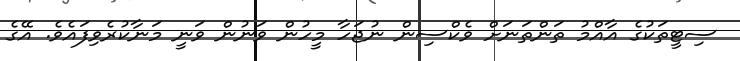
ސިޓީތަކުގެ އާއްމު ތަންތަނަށް ވެކްސިން ނުޖަހާ މީހުން ވަނުން ވަނީ މަނާކުރެވިފައެވެ. އޭގެ